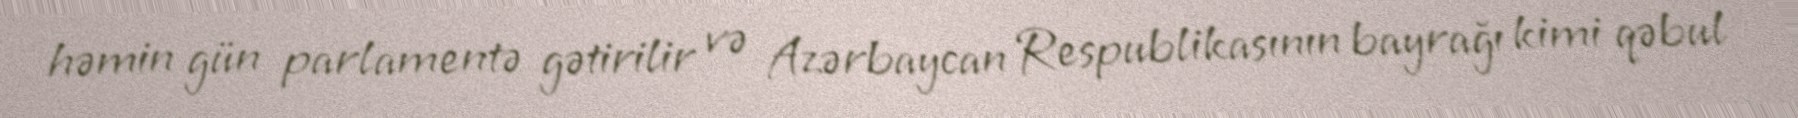
həmin gün parlamentə gətirilir və Azərbaycan Respublikasının bayrağı kimi qəbul